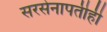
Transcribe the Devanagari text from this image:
सरसेनापतीही